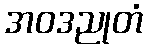
အဝဒညုတံ